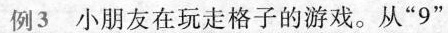
例3 小朋友在玩走格子的游戏。从”9”